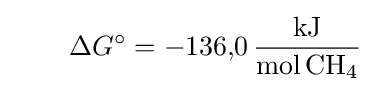
\qquad \Delta G^{\circ }=-136{,}0\,{\frac {\mathrm {kJ} }{\mathrm {mol\,CH_{4}} }}